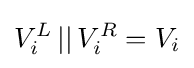
V_{i}^{L}\,||\,V_{i}^{R}=V_{i}